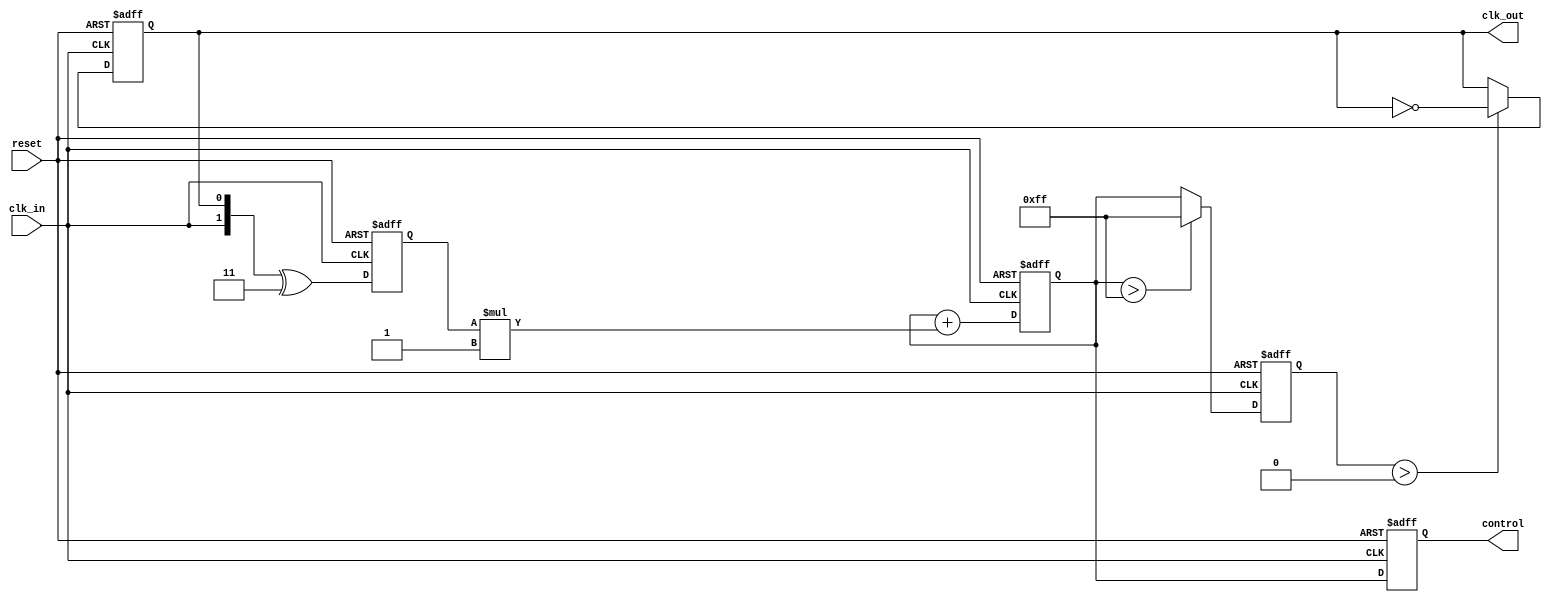
module ClockRecoveryPLL (
    input wire clk_in,         // Incoming data signal
    input wire reset,          // Asynchronous reset
    output reg clk_out,        // Output clock signal
    output reg [7:0] control   // Control voltage (for VCO)
);

// Parameters
parameter PHASE_DETECTOR_DELAY = 1; // Delay for phase detector
parameter LOOP_FILTER_GAIN = 1;      // Gain for loop filter
parameter VCO_MAX_FREQ = 255;         // Max frequency for VCO
parameter VCO_MIN_FREQ = 0;           // Min frequency for VCO

// Internal signals
reg [1:0] phase_error;                // Phase error signal
reg [7:0] vco_freq;                   // Frequency of the VCO
reg [7:0] loop_filter_output;         // Output of the loop filter

// Phase Detector (PD)
always @(posedge clk_in or posedge reset) begin
    if (reset) begin
        phase_error <= 2'b00;
    end else begin
        // Simple XOR phase detector
        phase_error <= {clk_in, clk_out} ^ 2'b11; // Example phase comparison
    end
end

// Loop Filter (LF)
always @(posedge clk_in or posedge reset) begin
    if (reset) begin
        loop_filter_output <= 8'b0;
    end else begin
        // Simple first-order loop filter
        loop_filter_output <= loop_filter_output + (phase_error * LOOP_FILTER_GAIN);
    end
end

// Voltage-Controlled Oscillator (VCO)
always @(posedge clk_in or posedge reset) begin
    if (reset) begin
        vco_freq <= VCO_MIN_FREQ;
        clk_out <= 0;
    end else begin
        // Adjust VCO frequency based on loop filter output
        vco_freq <= loop_filter_output > VCO_MAX_FREQ ? VCO_MAX_FREQ : loop_filter_output;
        
        // Generate output clock based on VCO frequency
        if (vco_freq > 0) begin
            clk_out <= ~clk_out; // Toggle clock output
        end
    end
end

// Control voltage output
always @(posedge clk_in or posedge reset) begin
    if (reset) begin
        control <= 8'b0;
    end else begin
        control <= loop_filter_output; // Output control voltage
    end
end

endmodule